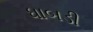
ધાબડી